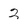
Character: 2